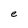
Character: e